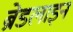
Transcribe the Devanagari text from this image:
ब्रेडलाइन